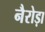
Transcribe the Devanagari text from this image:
नैरोड़ा